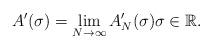
LaTeX: \begin{align*} A' (\sigma) = \lim_{N \to \infty} A_N ' (\sigma) \sigma \in \mathbb{R}.\end{align*}